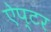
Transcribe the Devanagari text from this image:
ऐप्टर